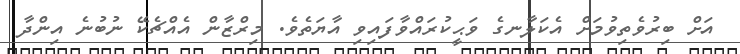
އަށް ބިރުވެތިވުމަށް އެކަލާނގެ ވަޙީކުރައްވާފައިވި އާޔަތެވެ. މިރްޒާން އެއްޗެކޭ ނުބުނެ އިންދާ